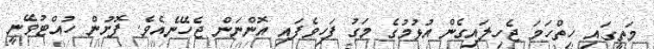
މަތީގައި ހިތްހަމަ ޖެހިލައިގެން އުޅުމުގެ މަގު ފަހިވެފައި އޮންނަން ޖެހޭނެއެވެ. ފޮށުން ހުއްޓުވޭނީ